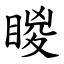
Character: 䁓